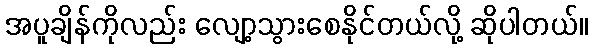
အပူချိန်ကိုလည်း လျော့သွားစေနိုင်တယ်လို့ ဆိုပါတယ်။